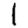
Digit: 1